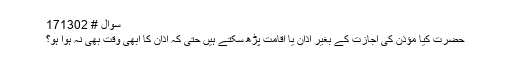
سوال # 171302
حضرت کیا مؤذن کی اجازت کے بغیر اذان یا اقامت پڑھ سکتے ہیں حتیٰ کہ اذان کا ابھی وقت بھی نہ ہوا ہو؟